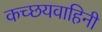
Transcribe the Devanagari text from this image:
कच्छयवाहिनी